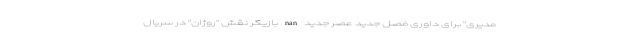
مدیری" برای داوری فصل جدید عصر جدید nan بازیگر نقش "روژان" در سریال